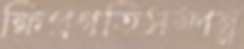
ক্ষিপ্রগতিসম্পন্ন